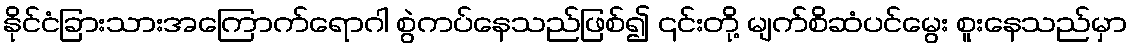
နိုင်ငံခြားသားအကြောက်ရောဂါ စွဲကပ်နေသည်ဖြစ်၍ ၎င်းတို့ မျက်စိဆံပင်မွေး စူးနေသည်မှာ